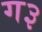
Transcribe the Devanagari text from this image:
ग३